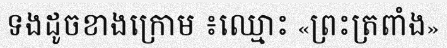
ទងដូចខាងក្រោម ៖ឈ្មោះ «ព្រះត្រពាំង»